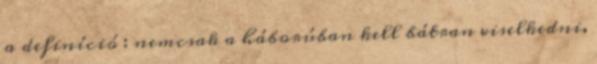
a definíció : nemcsak a háborúban kell bátran viselkedni,